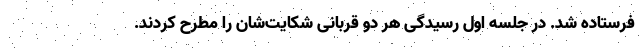
فرستاده شد. در جلسه اول رسیدگی هر دو قربانی شکایت‌شان را مطرح کردند.